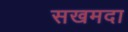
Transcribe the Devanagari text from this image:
सखमदा